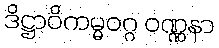
ဒိဋ္ဌာဝိကမ္မဝဂ္ဂ ဝဏ္ဏနာ